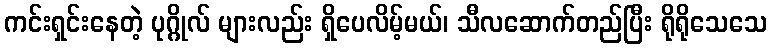
ကင်းရှင်းနေတဲ့ ပုဂ္ဂိုလ် များလည်း ရှိပေလိမ့်မယ်၊ သီလဆောက်တည်ပြီး ရိုရိုသေသေ